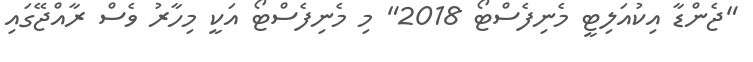
"ޖެންޑާ އިކުއަލިޓީ މެނިފެސްޓޯ 2018" މި މެނިފެސްޓޯ އަކީ މިހާރު ވެސް ރާއްޖޭގައި